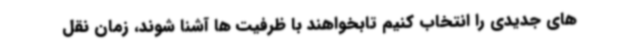
های جدیدی را انتخاب کنیم تابخواهند با ظرفیت ها آشنا شوند، زمان نقل